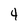
Character: 4